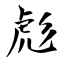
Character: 彪